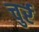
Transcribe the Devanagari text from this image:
चुर्र